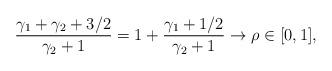
LaTeX: \begin{align*}\frac{\gamma_1+\gamma_2+3/2}{\gamma_2+1}=1+\frac{\gamma_1+1/2}{\gamma_2+1}\rightarrow \rho \in [0,1],\end{align*}